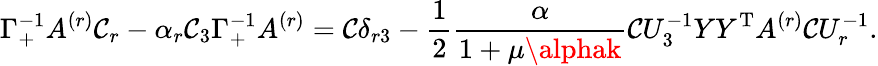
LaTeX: \Gamma_{+}^{-1}A^{(r)}\mathcal{C}_{r}-\alpha_{r}\mathcal{C}_{3}\Gamma_{+}^{-1}A^{(r)}=\mathcal{C}\delta_{r3}-\frac{{1}}{{2}}\frac{{\alpha}}{{1+\mu\alphak}}\mathcal{C}U_{3}^{-1}YY^{\mathrm{{T}}}A^{(r)}\mathcal{C}U_{r}^{-1}.